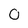
Character: 0